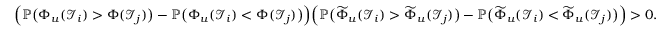
\begin{array} { r } { \Big ( \mathbb { P } \big ( \Phi _ { u } ( \mathcal { I } _ { i } ) > \Phi ( \mathcal { I } _ { j } ) \big ) - \mathbb { P } \big ( \Phi _ { u } ( \mathcal { I } _ { i } ) < \Phi ( \mathcal { I } _ { j } ) \big ) \Big ) \Big ( \mathbb { P } \big ( \widetilde { \Phi } _ { u } ( \mathcal { I } _ { i } ) > \widetilde { \Phi } _ { u } ( \mathcal { I } _ { j } ) \big ) - \mathbb { P } \big ( \widetilde { \Phi } _ { u } ( \mathcal { I } _ { i } ) < \widetilde { \Phi } _ { u } ( \mathcal { I } _ { j } ) \big ) \Big ) > 0 . } \end{array}